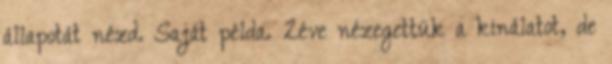
állapotát nézd. Saját példa. 2éve nézegettük a kinálatot, de